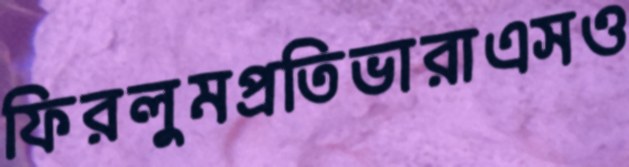
ফিরলুমপ্রতিভারাএসও